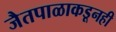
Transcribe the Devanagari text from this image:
जैतपाळाकडूनही